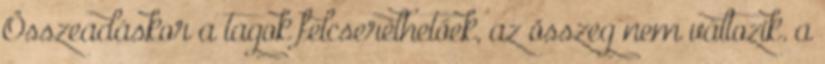
Összeadáskor a tagok felcserélhetőek, az összeg nem változik. a